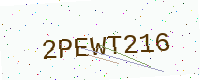
Text: 2PEWT216